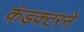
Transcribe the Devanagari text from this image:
कंडक्टरने